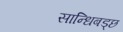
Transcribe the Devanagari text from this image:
सान्धिबड्छ